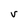
Character: V